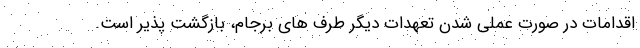
اقدامات در صورت عملی شدن تعهدات دیگر طرف های برجام، بازگشت پذیر است.